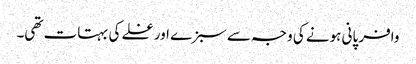
وافر پانی ہونے کی وجہ سے سبزے اور غلے کی بہتات تھی۔